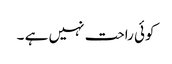
کوئی راحت نہیں ہے ۔